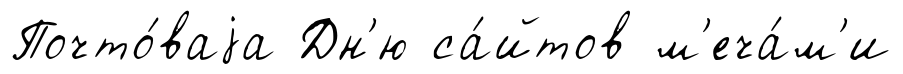
Почто́ваjа Дн'ю са́йтов м'еча́м'и